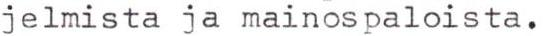
jelmista ja mainospaloista.